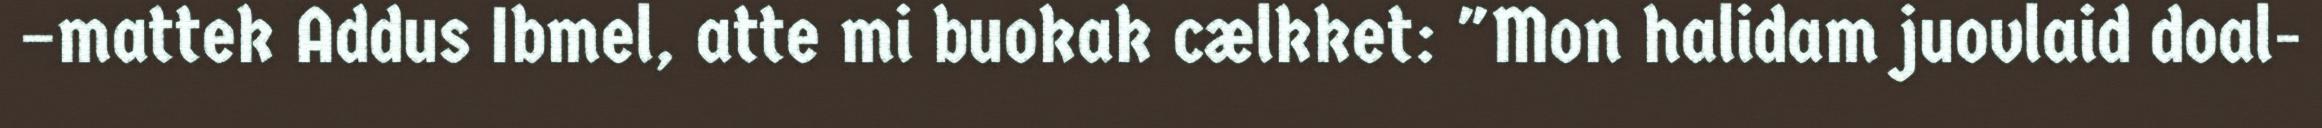
–mattek Addus Ibmel, atte mi buokak cælkket: "Mon halidam juovlaid doal-